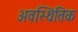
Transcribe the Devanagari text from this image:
अवस्थितिक